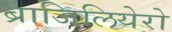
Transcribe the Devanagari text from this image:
ब्राजिलियेरो